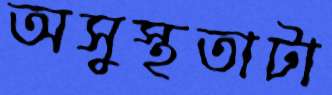
অসুস্থতাটা